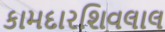
કામદારશિવલાલ